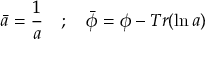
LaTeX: \bar { a } = \frac { 1 } { a } \quad ; \quad \bar { \phi } = \phi - T r ( { \ln a } )